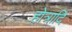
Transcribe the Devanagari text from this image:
होत्रादि